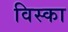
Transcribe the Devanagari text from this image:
विस्का